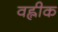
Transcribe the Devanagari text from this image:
वह्लीक